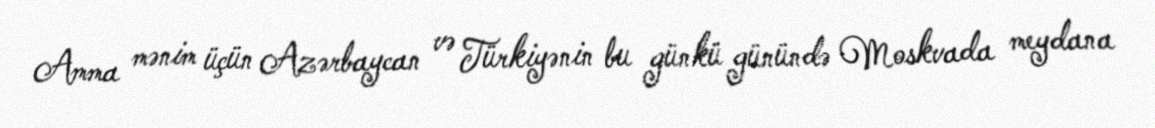
Amma mənim üçün Azərbaycan və Türkiyənin bu günkü günündə Moskvada meydana